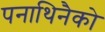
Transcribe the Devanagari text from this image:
पनाथिनैको